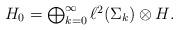
LaTeX: \begin{align*}H_0=\textstyle{\bigoplus_{k=0}^{\infty}\ell^2(\Sigma_k)\otimes H}.\end{align*}